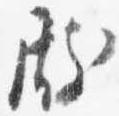
殿